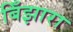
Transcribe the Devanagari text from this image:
बिँझारा